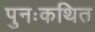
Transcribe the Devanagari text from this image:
पुनःकथित